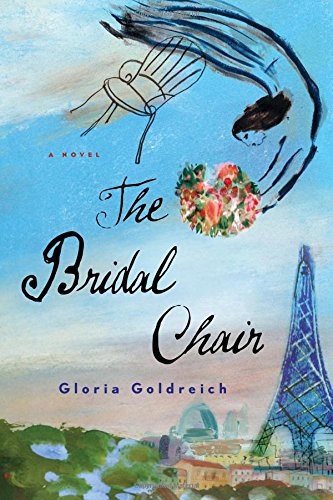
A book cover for The Bridal Chair: A Novel; Gloria Goldreich; Literature & Fiction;